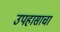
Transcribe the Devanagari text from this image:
उपहासाचा